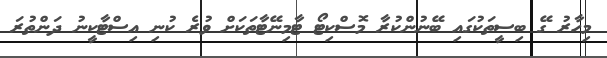
މިހާރު ގޭ ބިސީތަކުގައި ބޭނުންކުރާ މޮސްކިޓޯ ޓާމިނޭޓާތަކަށް ވުރެ ކުނި އިސްޓާކީނު ދަންތުރަ